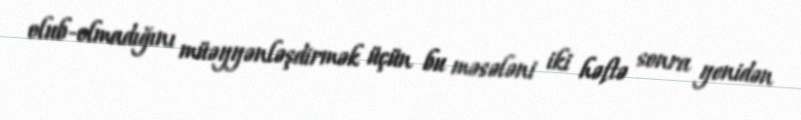
olub-olmadığını müəyyənləşdirmək üçün bu məsələni iki həftə sonra yenidən